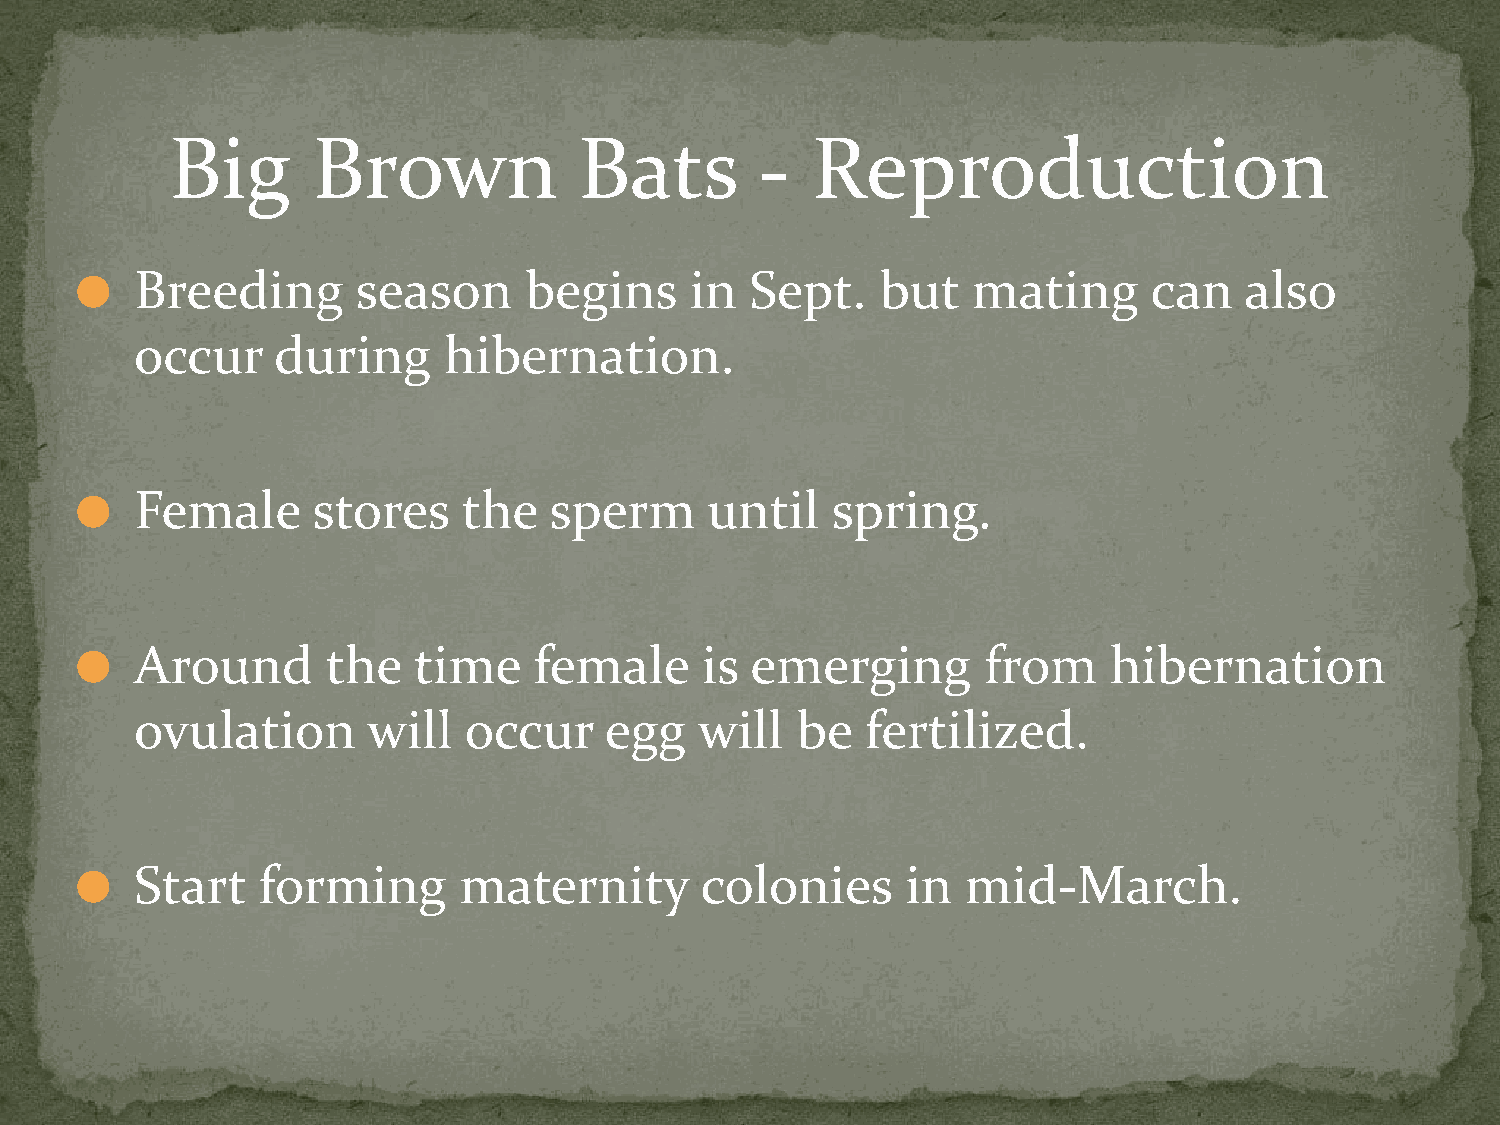
Big       Brown            Bats        -   Reproduction
 Breeding       season     begins     in  Sept.   but   mating      can   also
 ⚫
 occur    during     hibernation.
 Female      stores    the  sperm      until   spring.
 ⚫
 Around       the  time    female     is  emerging       from    hibernation
 ⚫
 ovulation      will   occur    egg   will   be  fertilized.
 Start   forming      maternity       colonies      in  mid-March.
 ⚫